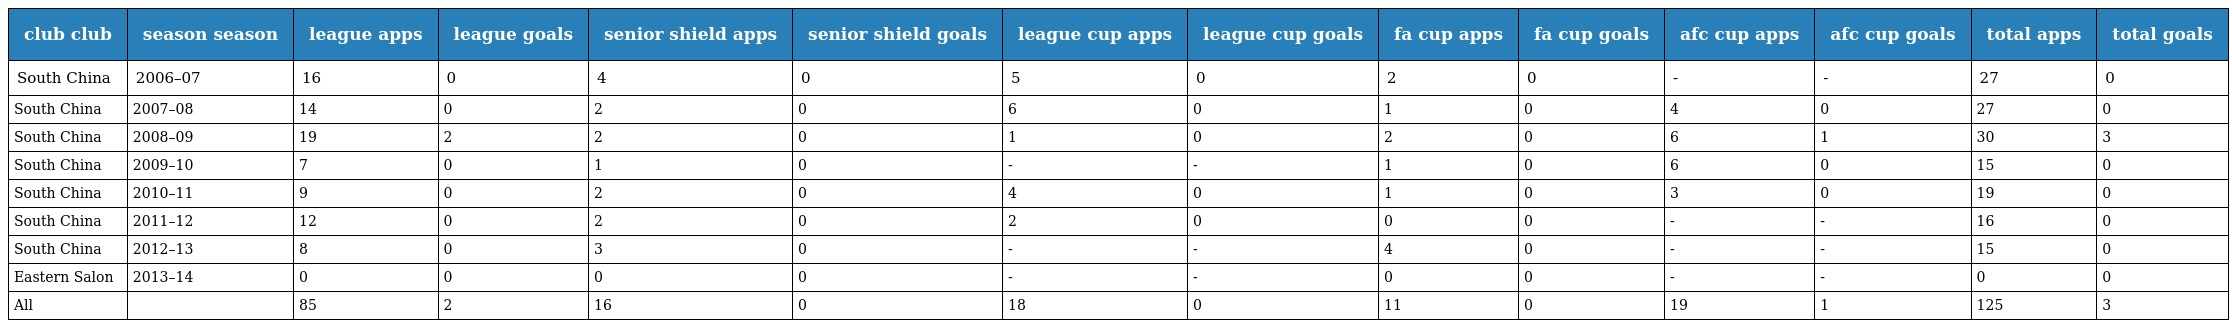
| club club | season season | league apps | league goals | senior shield apps | senior shield goals | league cup apps | league cup goals | fa cup apps | fa cup goals | afc cup apps | afc cup goals | total apps | total goals |
 | --- | --- | --- | --- | --- | --- | --- | --- | --- | --- | --- | --- | --- | --- |
 | South China | 2006–07 | 16 | 0 | 4 | 0 | 5 | 0 | 2 | 0 | - | - | 27 | 0 |
 | South China | 2007–08 | 14 | 0 | 2 | 0 | 6 | 0 | 1 | 0 | 4 | 0 | 27 | 0 |
 | South China | 2008–09 | 19 | 2 | 2 | 0 | 1 | 0 | 2 | 0 | 6 | 1 | 30 | 3 |
 | South China | 2009–10 | 7 | 0 | 1 | 0 | - | - | 1 | 0 | 6 | 0 | 15 | 0 |
 | South China | 2010–11 | 9 | 0 | 2 | 0 | 4 | 0 | 1 | 0 | 3 | 0 | 19 | 0 |
 | South China | 2011–12 | 12 | 0 | 2 | 0 | 2 | 0 | 0 | 0 | - | - | 16 | 0 |
 | South China | 2012–13 | 8 | 0 | 3 | 0 | - | - | 4 | 0 | - | - | 15 | 0 |
 | Eastern Salon | 2013–14 | 0 | 0 | 0 | 0 | - | - | 0 | 0 | - | - | 0 | 0 |
 | All |  | 85 | 2 | 16 | 0 | 18 | 0 | 11 | 0 | 19 | 1 | 125 | 3 |